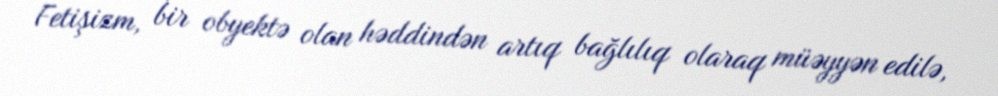
Fetişizm, bir obyektə olan həddindən artıq bağlılıq olaraq müəyyən edilə,